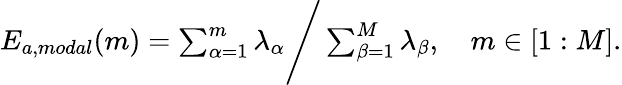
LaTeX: \begin{array}{r}{E_{a,modal}(m)=\sum_{\alpha=1}^{m}\lambda_{\alpha}\Bigg/\sum_{\beta=1}^{M}\lambda_{\beta},\quad m\in[1:M].}\end{array}